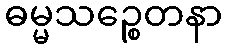
ဓမ္မသဉ္စေတနာ